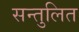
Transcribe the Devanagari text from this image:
सन्‍तुलित